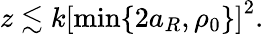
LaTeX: z\lesssim k\left[\operatorname*{min}\{ 2a_{R},\rho_{0}\} \right]^{2}.